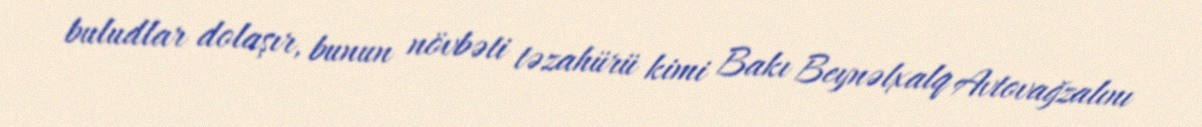
buludlar dolaşır, bunun növbəti təzahürü kimi Bakı Beynəlxalq Avtovağzalını